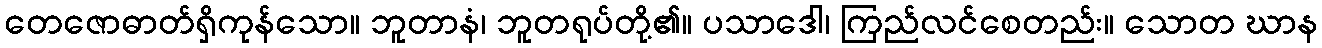
တေဇောဓာတ်ရှိကုန်သော။ ဘူတာနံ၊ ဘူတရုပ်တို့၏။ ပသာဒေါ၊ ကြည်လင်စေတည်း။ သောတ ဃာန